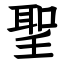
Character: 聖